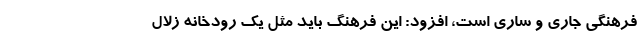
فرهنگی جاری و ساری است، افزود: این فرهنگ باید مثل یک رودخانه زلال